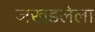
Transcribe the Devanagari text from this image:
जखडलेला